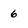
Character: 6